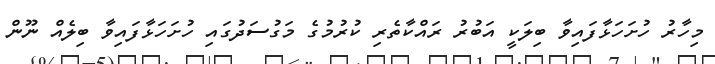
މިހާރު ހުށަހަޅާފައިވާ ބިލަކީ އަބުރު ރައްކާތެރި ކުރުމުގެ މަގުސަދުގައި ހުށަހަޅާފައިވާ ބިލެއް ނޫން